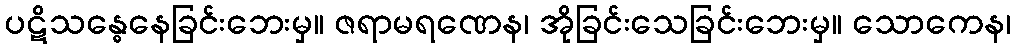
ပဋိသန္ဓေနေခြင်းဘေးမှ။ ဇရာမရဏေန၊ အိုခြင်းသေခြင်းဘေးမှ။ သောကေန၊